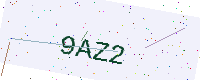
Text: 9AZ2